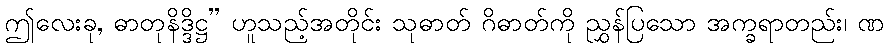
ဤလေးခု, ဓာတုနိဒ္ဒိဋ္ဌ” ဟူသည့်အတိုင်း သုဓာတ် ဂိဓာတ်ကို ညွှန်ပြသော အက္ခရာတည်း၊ ဏ